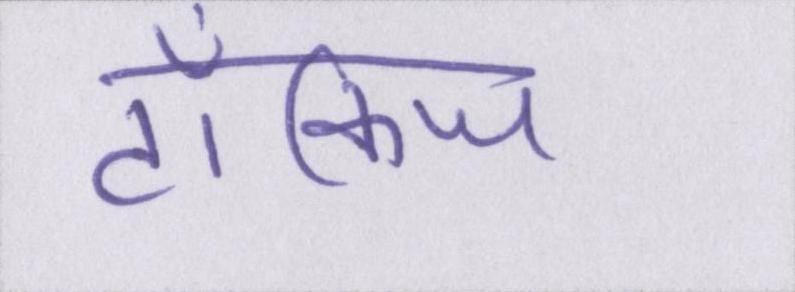
टॉकिज